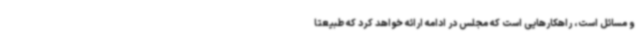
و مسائل است، راهکارهایی است که مجلس در ادامه ارائه خواهد کرد که طبیعتا